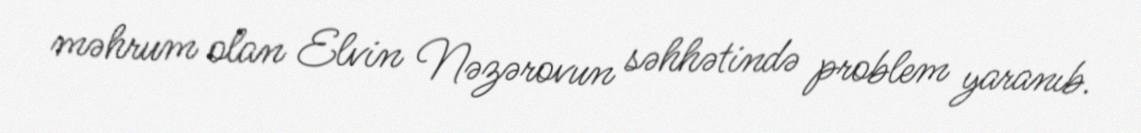
məhrum olan Elvin Nəzərovun səhhətində problem yaranıb.